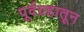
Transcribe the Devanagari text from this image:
पूर्वग्रहातून